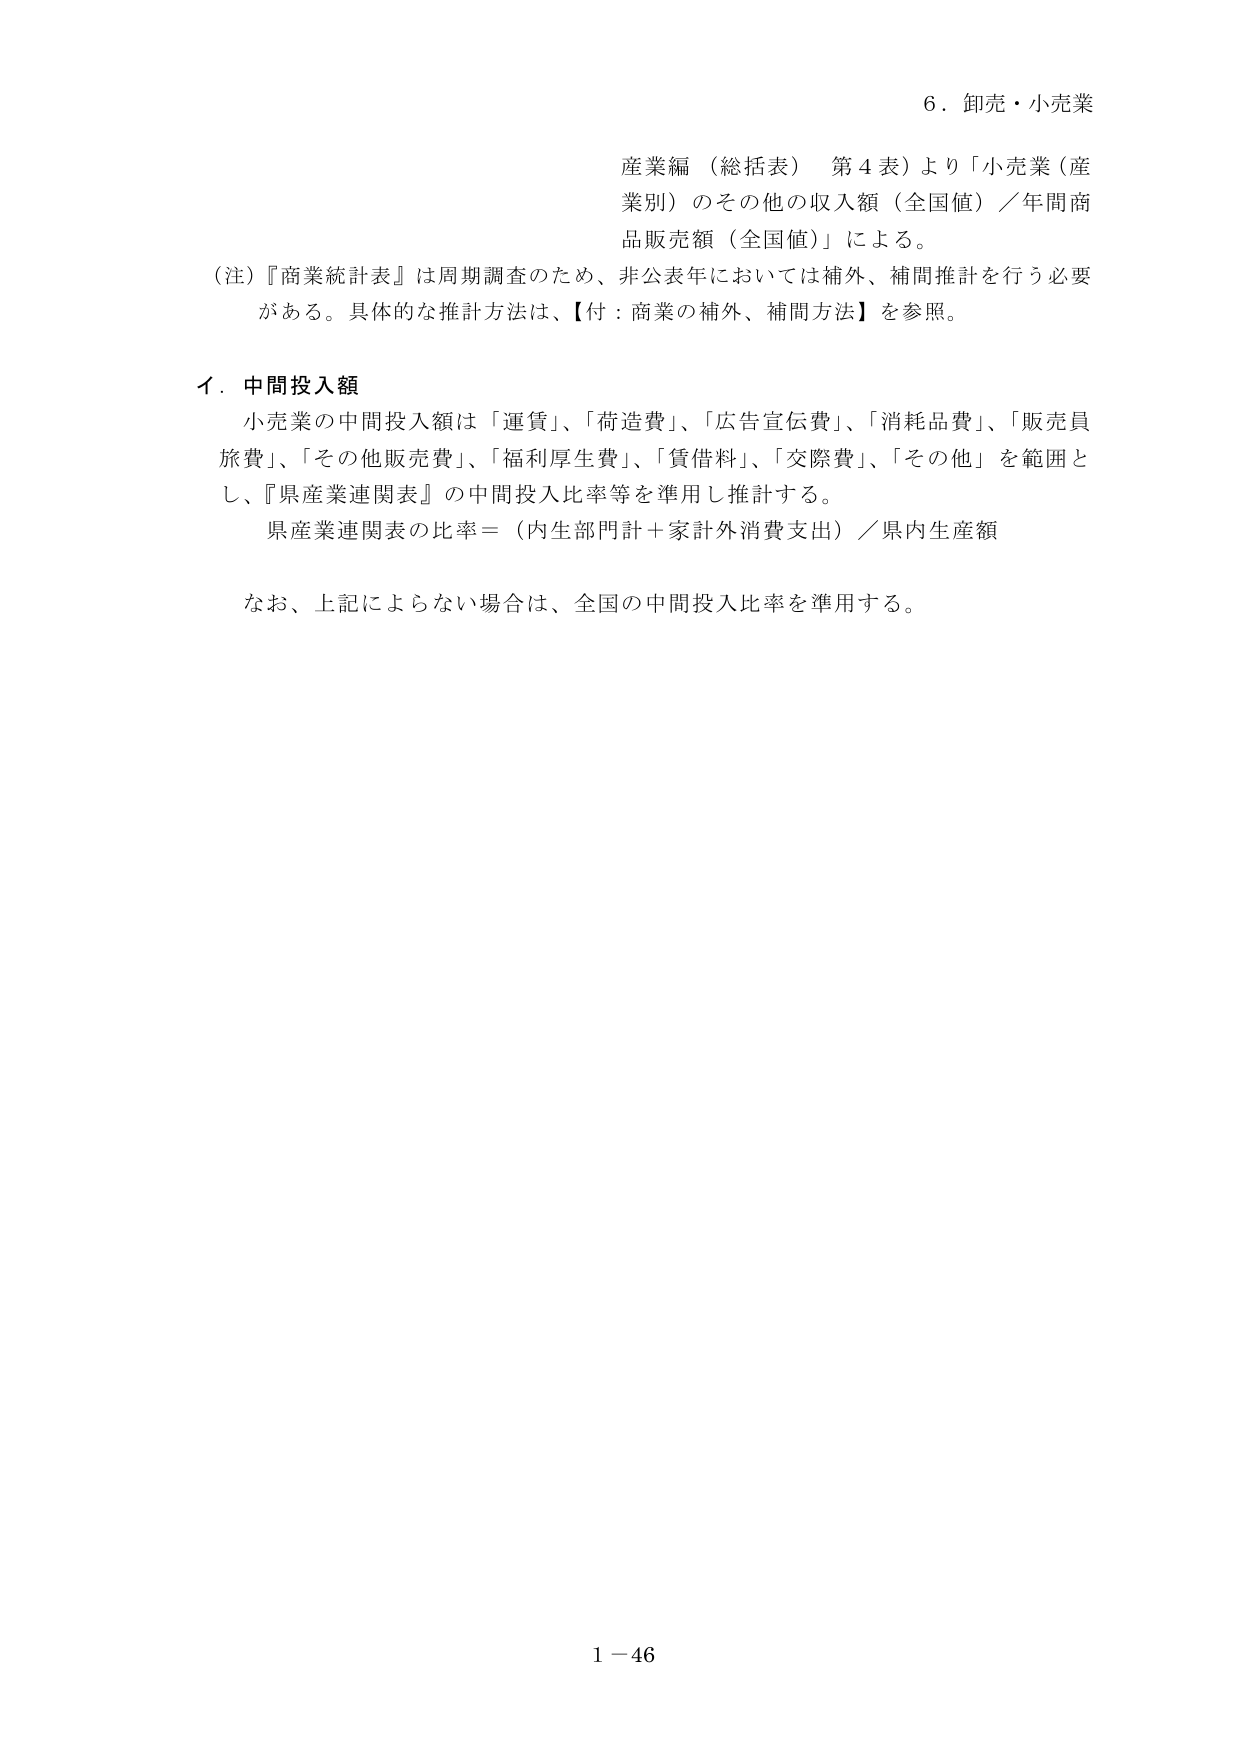
6．卸売・小売業

産業編（総括表）第4表）より「小売業（産業別）のその他の収入額（全国値）／年間商品販売額（全国値）」による。

（注）『商業統計表』は周期調査のため、非公表年においては補外、補間推計を行う必要がある。具体的な推計方法は、【付：商業の補外、補間方法】を参照。

イ．中間投入額

小売業の中間投入額は「運賃」、「荷造費」、「広告宣伝費」、「消耗品費」、「販売員旅費」、「その他販売費」、「福利厚生費」、「賃借料」、「交際費」、「その他」を範囲とし、『県産業連関表』の中間投入比率等を準用し推計する。

県産業連関表の比率＝（内生部門計＋家計外消費支出）／県内生産額

なお、上記によらない場合は、全国の中間投入比率を準用する。

1－46